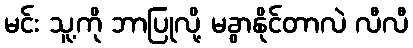
မင်း သူ့ကို ဘာပြုလို့ မခွာနိုင်တာလဲ လီလီ